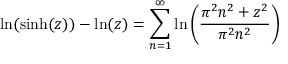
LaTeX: \ln ( \sinh ( z ) ) - \ln ( z ) = \sum _ { n = 1 } ^ { \infty } \ln \left( { \frac { \pi ^ { 2 } n ^ { 2 } + z ^ { 2 } } { \pi ^ { 2 } n ^ { 2 } } } \right)